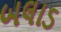
બલાડ